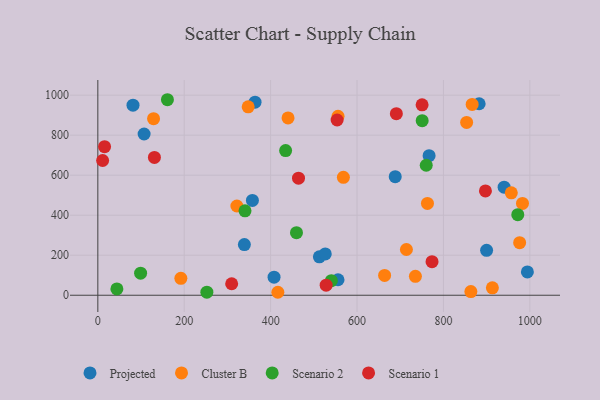
{"axis": {"x": "Speed", "y": "Sales"}, "legend": ["Cluster B", "Projected", "Scenario 1", "Scenario 2"], "data": [{"x": "766.8", "y": 697.4, "type": "Projected"}, {"x": "357.8", "y": 474.1, "type": "Projected"}, {"x": "882.7", "y": 957.2, "type": "Projected"}, {"x": "940.5", "y": 540.1, "type": "Projected"}, {"x": "994.3", "y": 116.5, "type": "Projected"}, {"x": "899.9", "y": 224.3, "type": "Projected"}, {"x": "407.9", "y": 90.1, "type": "Projected"}, {"x": "512.8", "y": 191.9, "type": "Projected"}, {"x": "81.4", "y": 949.8, "type": "Projected"}, {"x": "107.1", "y": 805.8, "type": "Projected"}, {"x": "339.2", "y": 253.0, "type": "Projected"}, {"x": "556.0", "y": 77.3, "type": "Projected"}, {"x": "688.4", "y": 592.8, "type": "Projected"}, {"x": "363.9", "y": 965.1, "type": "Projected"}, {"x": "526.5", "y": 206.7, "type": "Projected"}, {"x": "976.4", "y": 262.6, "type": "Cluster B"}, {"x": "568.4", "y": 589.1, "type": "Cluster B"}, {"x": "957.1", "y": 511.8, "type": "Cluster B"}, {"x": "866.5", "y": 953.7, "type": "Cluster B"}, {"x": "556.0", "y": 894.5, "type": "Cluster B"}, {"x": "663.8", "y": 99.0, "type": "Cluster B"}, {"x": "863.5", "y": 18.1, "type": "Cluster B"}, {"x": "714.3", "y": 228.7, "type": "Cluster B"}, {"x": "321.9", "y": 446.0, "type": "Cluster B"}, {"x": "440.3", "y": 886.0, "type": "Cluster B"}, {"x": "416.7", "y": 14.8, "type": "Cluster B"}, {"x": "129.0", "y": 882.5, "type": "Cluster B"}, {"x": "853.7", "y": 863.8, "type": "Cluster B"}, {"x": "913.3", "y": 36.8, "type": "Cluster B"}, {"x": "348.0", "y": 941.5, "type": "Cluster B"}, {"x": "192.2", "y": 84.5, "type": "Cluster B"}, {"x": "735.1", "y": 94.6, "type": "Cluster B"}, {"x": "983.0", "y": 458.9, "type": "Cluster B"}, {"x": "763.0", "y": 458.9, "type": "Cluster B"}, {"x": "459.8", "y": 312.6, "type": "Scenario 2"}, {"x": "540.6", "y": 72.6, "type": "Scenario 2"}, {"x": "750.8", "y": 872.4, "type": "Scenario 2"}, {"x": "972.1", "y": 402.6, "type": "Scenario 2"}, {"x": "760.2", "y": 649.6, "type": "Scenario 2"}, {"x": "99.0", "y": 110.3, "type": "Scenario 2"}, {"x": "340.7", "y": 421.7, "type": "Scenario 2"}, {"x": "161.1", "y": 977.2, "type": "Scenario 2"}, {"x": "44.1", "y": 31.5, "type": "Scenario 2"}, {"x": "434.7", "y": 722.8, "type": "Scenario 2"}, {"x": "252.4", "y": 15.3, "type": "Scenario 2"}, {"x": "553.9", "y": 875.8, "type": "Scenario 1"}, {"x": "750.6", "y": 951.6, "type": "Scenario 1"}, {"x": "15.6", "y": 742.7, "type": "Scenario 1"}, {"x": "691.0", "y": 907.4, "type": "Scenario 1"}, {"x": "464.5", "y": 585.1, "type": "Scenario 1"}, {"x": "131.0", "y": 688.8, "type": "Scenario 1"}, {"x": "897.2", "y": 521.4, "type": "Scenario 1"}, {"x": "528.5", "y": 50.1, "type": "Scenario 1"}, {"x": "309.8", "y": 57.4, "type": "Scenario 1"}, {"x": "773.6", "y": 167.6, "type": "Scenario 1"}, {"x": "11.1", "y": 673.4, "type": "Scenario 1"}]}